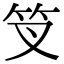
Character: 𥫢